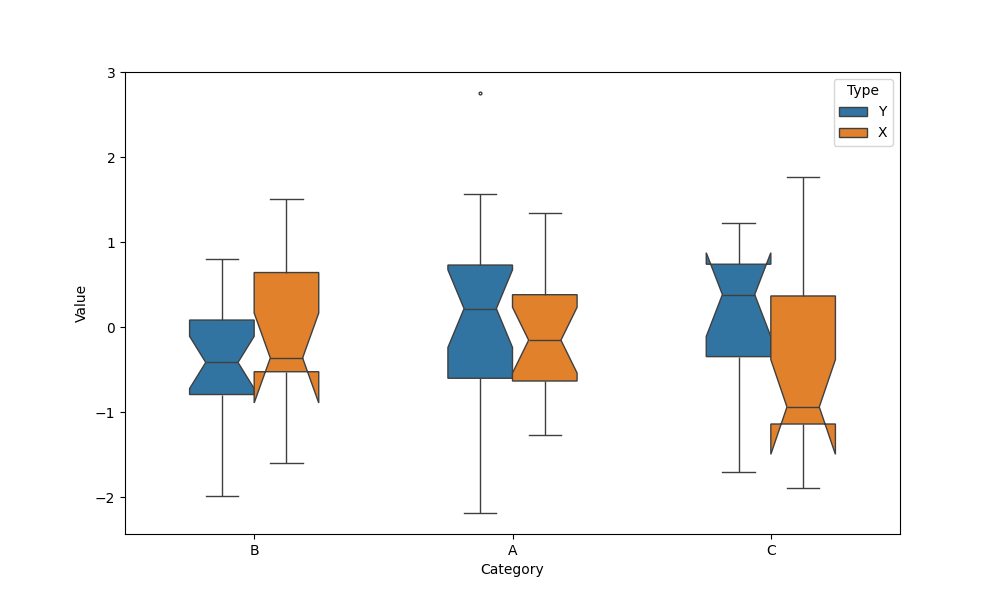
python, seaborn, boxplot, width=0.5, linewidth=1, fliersize=2, notch=True